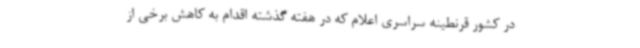
در کشور قرنطینه سراسری اعلام که در هفته گذشته اقدام به کاهش برخی از